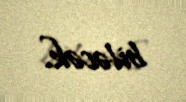
biləcək.